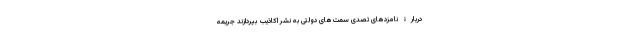
دربارۀ نامزدهای تصدی سمت‌های دولتی به نشر اکاذیب ‌بپردازند جریمه